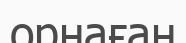
орнаған